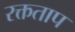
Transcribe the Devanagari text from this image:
रक्तताप